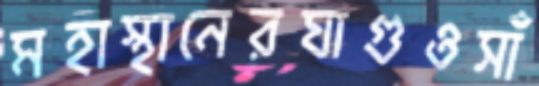
মহাস্থানেরঘাগুওসাঁ